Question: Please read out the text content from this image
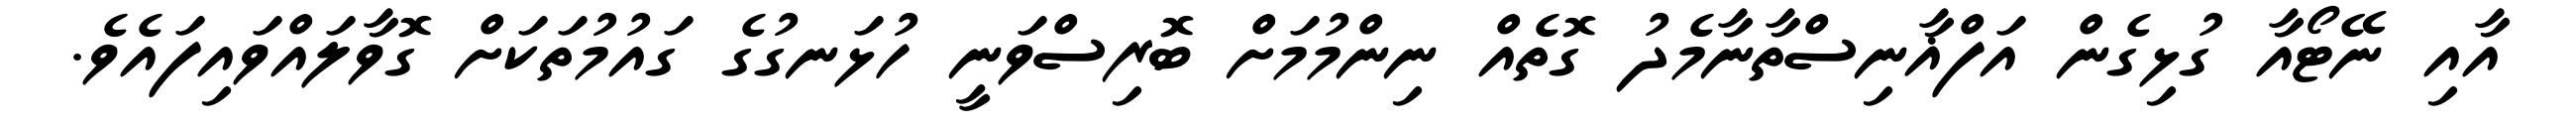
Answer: އާއި ނޭޓޯއާ ގުޅިގެން އަފްޣާނިސްތާނާމެދު ގޮތެއް ނިންމުމަށް ބޮރިސްވަނީ ހުޅަނގުގެ ގައުމުތަކަށް ގޮވާލައްވައިފައެވެ.